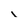
Character: 1